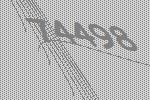
74498